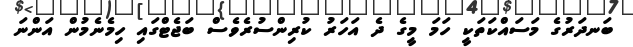
ބަނދަރުގެ މަސައްކަތަކީ ހަމަ މީގެ ދެ އަހަރު ކުރިންސުރެވެސް ބަޖެޓްގައި ހިމެނެމުން އަންނަ